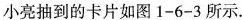
小亮抽到的卡片如图1-6-3所示。